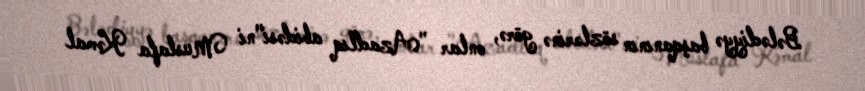
Bələdiyyə başqanının sözlərinə görə, onlar "Azadlıq abidəsi"ni Mustafa Kəmal